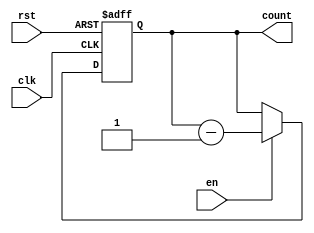
module BinaryDownCounter (
    input wire clk,
    input wire rst,
    input wire en,
    output reg [n-1:0] count
);

parameter n = 8; // set the width of the counter

always @(posedge clk or posedge rst) begin
    if (rst) begin
        count <= 0;
    end else if (en) begin
        count <= count - 1;
    end
end

endmodule